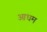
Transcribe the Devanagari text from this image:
आधम